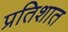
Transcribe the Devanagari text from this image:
प्रतिशात